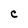
Character: C